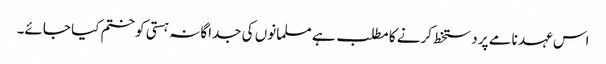
اس عہد نامے پر دستخط کرنے کا مطلب ہے مسلمانوں کی جداگانہ ہستی کو ختم کیا جائے۔